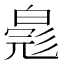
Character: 𬐐